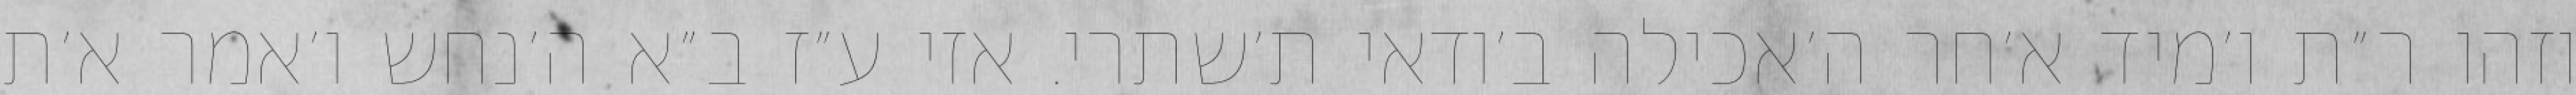
וזהו ר״ת ו׳מיד א׳חר ה׳אכילה ב׳ודאי ת׳שתרי. אזי ע״ז ב״א ה׳נחש ו׳אמר א׳ת